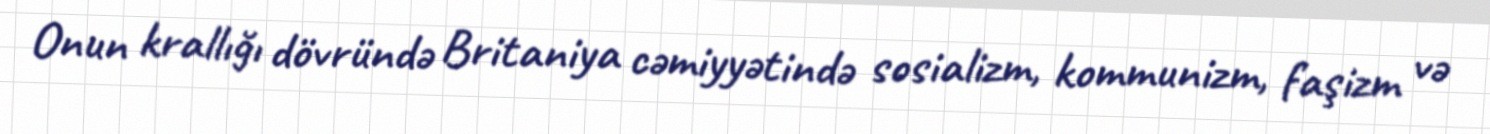
Onun krallığı dövründə Britaniya cəmiyyətində sosializm, kommunizm, faşizm və